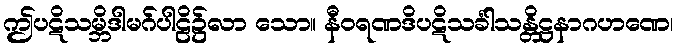
ဤပဋိသမ္ဘိဒါမဂ်ပါဠိ၌လာ သော။ နီဝရဏဒိပဋိသင်္ခါသန္တိဋ္ဌနာဂဟဏေ၊